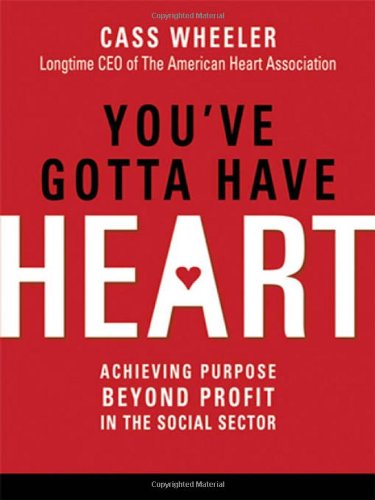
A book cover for You've Gotta Have Heart: Achieving Purpose Beyond Profit in the Social Sector; Cass Wheeler; Health, Fitness & Dieting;